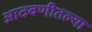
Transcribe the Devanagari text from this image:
आठवणीतल्या